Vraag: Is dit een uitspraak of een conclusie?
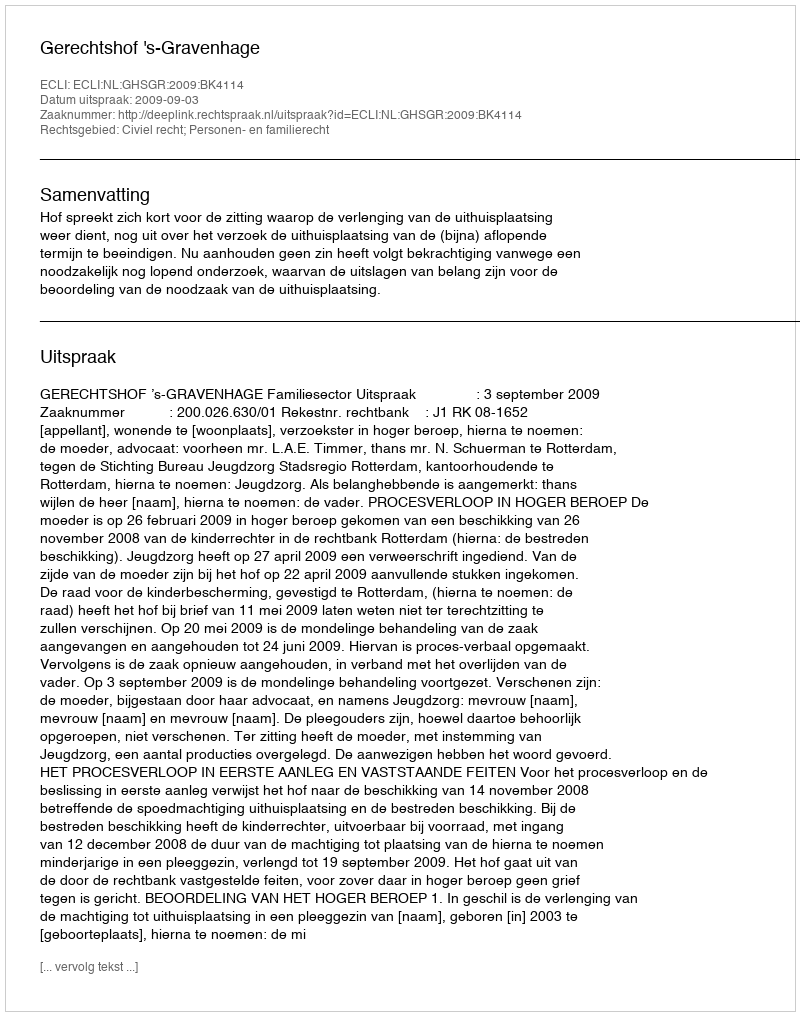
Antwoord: Uitspraak